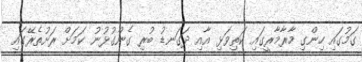
ގަމުގައި ހިންގި މާރާމާރީގައި ކަތިވަޅި އާއި ދަގަނޑު ބުރި ގެންގުޅުނު ކަމަށް ރަށުތެރޭގައި